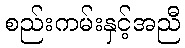
စည်းကမ်းနှင့်အညီ